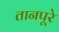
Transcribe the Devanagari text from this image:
तानपूरे